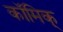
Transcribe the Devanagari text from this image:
कॉमिक्